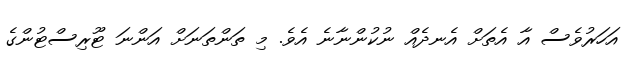
އަހަރުވެސް އާ އެތަށް އެނދެއް ނުކުންނާނެ އެވެ. މި ތަންތަނަށް އަންނަ ޓޫރިސްޓުންގެ